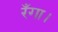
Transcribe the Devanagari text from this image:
रँगा।